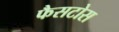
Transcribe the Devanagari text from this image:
फैसटोस